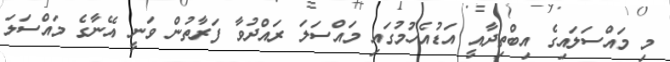
މި މައްސަލައިގެ އިބްތިދާއީ އަޑުއެހުމުގައި މައްސަލަ ރައްދުވާ ފަރާތުން ވަނީ އޭނާގެ މައްސަލަ